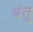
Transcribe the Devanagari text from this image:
बंतू